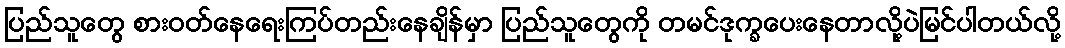
ပြည်သူတွေ စားဝတ်နေရေးကြပ်တည်းနေချိန်မှာ ပြည်သူတွေကို တမင်ဒုက္ခပေးနေတာလို့ပဲမြင်ပါတယ်လို့